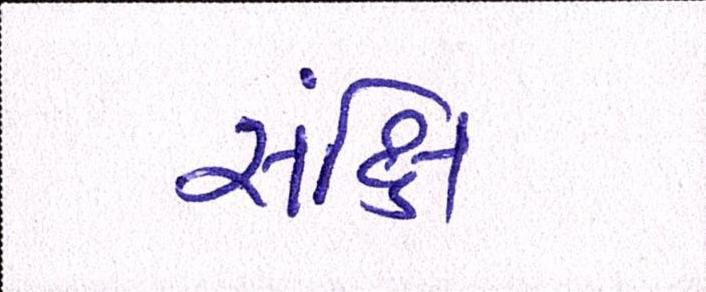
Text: સંક્ષિ